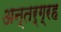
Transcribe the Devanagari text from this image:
अन्तर्ग्रह